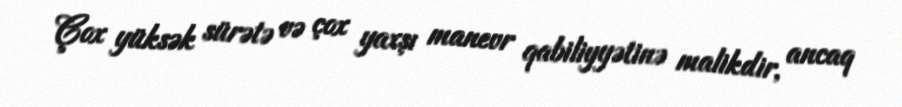
Çox yüksək sürətə və çox yaxşı manevr qabiliyyətinə malikdir, ancaq